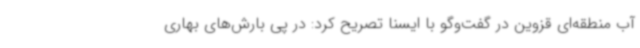
آب منطقه‌ای قزوین در گفت‌وگو با ایسنا تصریح کرد: در پی بارش‌های بهاری